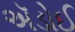
ઍડોઈ